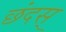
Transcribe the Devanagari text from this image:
छंदस्